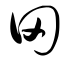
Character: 田